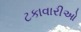
ટકાવારીઓ